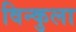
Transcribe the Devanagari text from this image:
विन्कुला